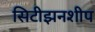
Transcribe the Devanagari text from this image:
सिटीझनशीप